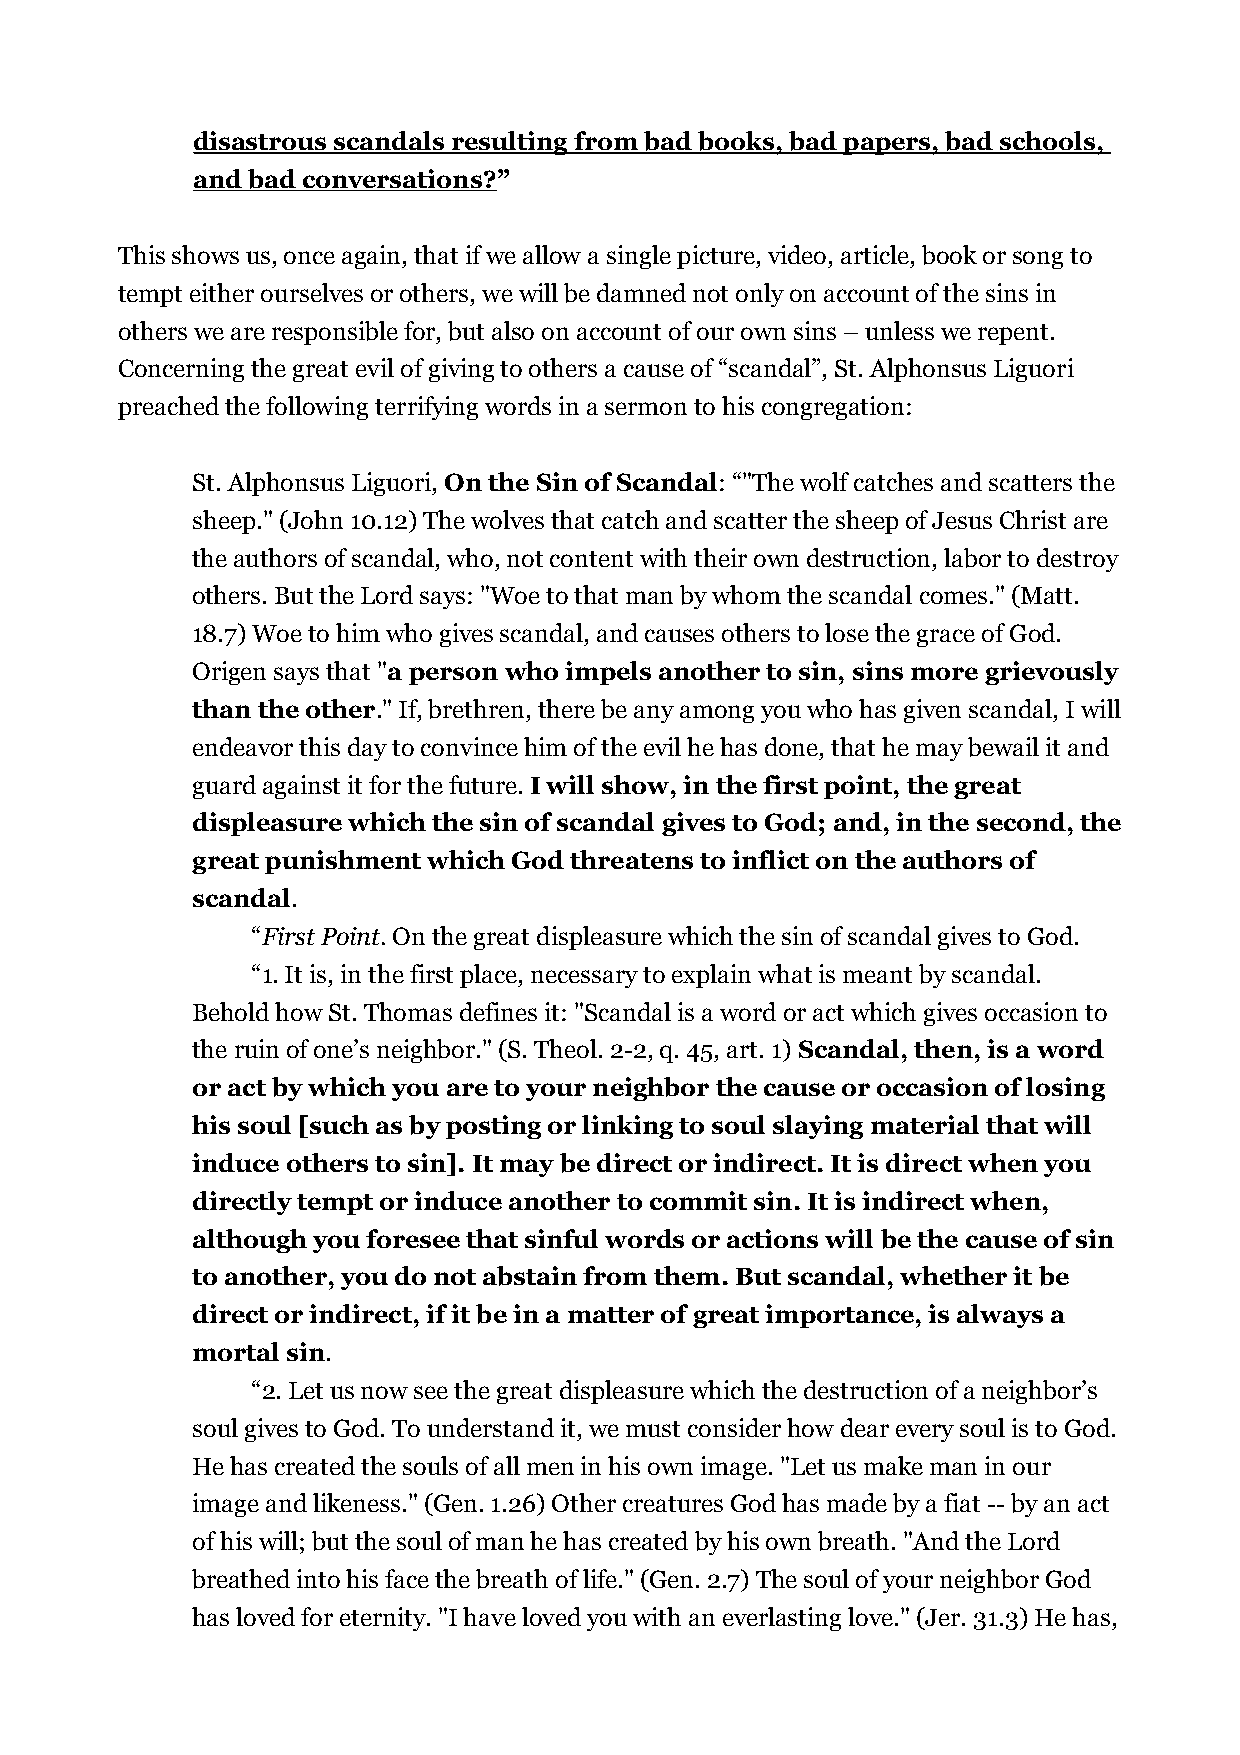
disastrous scandals resulting from bad books, bad papers, bad schools,
 and bad conversations?”
 This shows us, once again, that if we allow a single picture, video, article, book or song to
 tempt either ourselves or others, we will be damned not only on account of the sins in
 others we are responsible for, but also on account of our own sins – unless we repent.
 Concerning the great evil of giving to others a cause of “scandal”, St. Alphonsus Liguori
 preached the following terrifying words in a sermon to his congregation:
 St. Alphonsus Liguori, On the Sin of Scandal: “"The wolf catches and scatters the
 sheep." (John 10.12) The wolves that catch and scatter the sheep of Jesus Christ are
 the authors of scandal, who, not content with their own destruction, labor to destroy
 others. But the Lord says: "Woe to that man by whom the scandal comes." (Matt.
 18.7) Woe to him who gives scandal, and causes others to lose the grace of God.
 Origen says that "a person who impels another to sin, sins more grievously
 than the other." If, brethren, there be any among you who has given scandal, I will
 endeavor this day to convince him of the evil he has done, that he may bewail it and
 guard against it for the future. I will show, in the first point, the great
 displeasure which the sin of scandal gives to God; and, in the second, the
 great punishment which God threatens to inflict on the authors of
 scandal.
 “First Point. On the great displeasure which the sin of scandal gives to God.
 “1. It is, in the first place, necessary to explain what is meant by scandal.
 Behold how St. Thomas defines it: "Scandal is a word or act which gives occasion to
 the ruin of one’s neighbor." (S. Theol. 2-2, q. 45, art. 1) Scandal, then, is a word
 or act by which you are to your neighbor the cause or occasion of losing
 his soul [such as by posting or linking to soul slaying material that will
 induce others to sin]. It may be direct or indirect. It is direct when you
 directly tempt or induce another to commit sin. It is indirect when,
 although you foresee that sinful words or actions will be the cause of sin
 to another, you do not abstain from them. But scandal, whether it be
 direct or indirect, if it be in a matter of great importance, is always a
 mortal sin.
 “2. Let us now see the great displeasure which the destruction of a neighbor’s
 soul gives to God. To understand it, we must consider how dear every soul is to God.
 He has created the souls of all men in his own image. "Let us make man in our
 image and likeness." (Gen. 1.26) Other creatures God has made by a fiat -- by an act
 of his will; but the soul of man he has created by his own breath. "And the Lord
 breathed into his face the breath of life." (Gen. 2.7) The soul of your neighbor God
 has loved for eternity. "I have loved you with an everlasting love." (Jer. 31.3) He has,